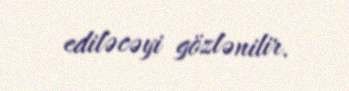
ediləcəyi gözlənilir.